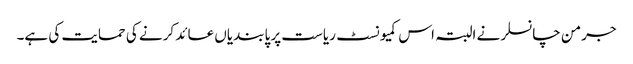
جرمن چانسلر نے البتہ اس کمیونسٹ ریاست پر پابندیاں عائد کرنے کی حمایت کی ہے۔